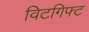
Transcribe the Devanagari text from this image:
विटगिफ्ट